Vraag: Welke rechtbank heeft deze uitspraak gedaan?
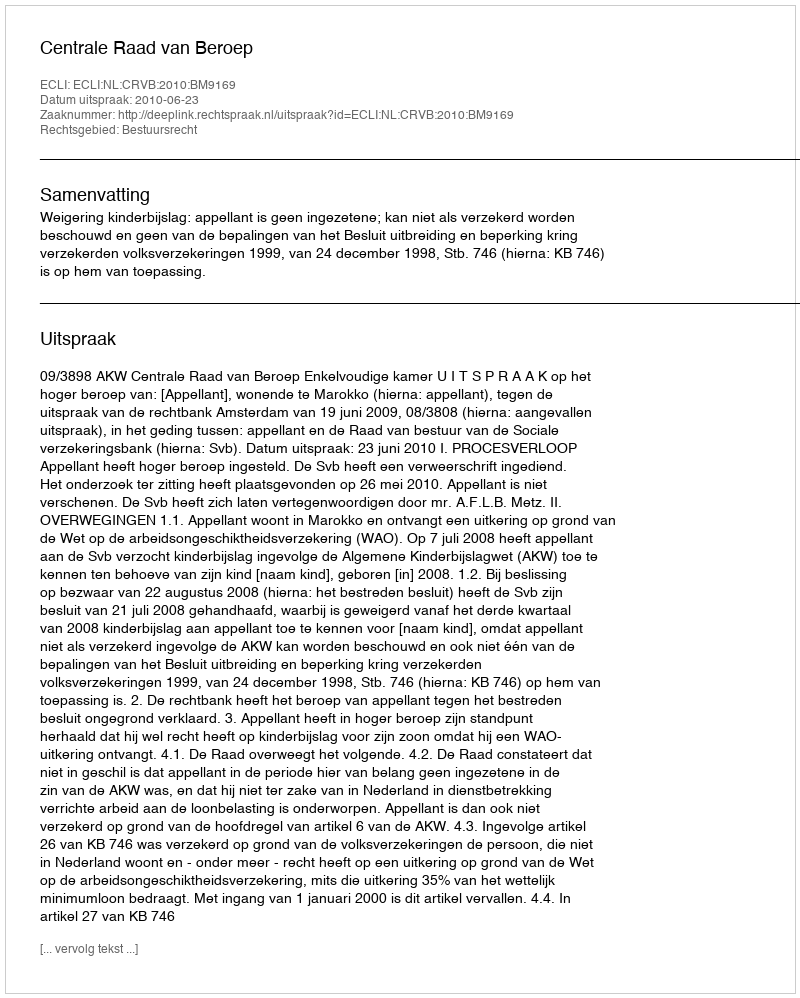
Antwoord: Centrale Raad van Beroep